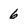
Character: 6